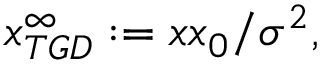
x _ { T G D } ^ { \infty } : = x x _ { 0 } / \sigma ^ { 2 } ,